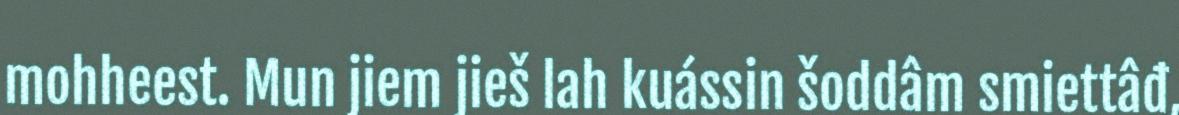
mohheest. Mun jiem jieš lah kuássin šoddâm smiettâđ,